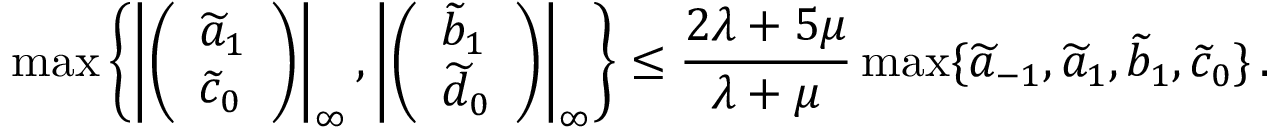
\operatorname* { m a x } \left\{ \left| \left( \begin{array} { l } { \widetilde a _ { 1 } } \\ { \widetilde c _ { 0 } } \end{array} \right) \right| _ { \infty } , \left| \left( \begin{array} { l } { \widetilde b _ { 1 } } \\ { \widetilde d _ { 0 } } \end{array} \right) \right| _ { \infty } \right\} \le \frac { 2 \lambda + 5 \mu } { \lambda + \mu } \operatorname* { m a x } \{ \widetilde a _ { - 1 } , \widetilde a _ { 1 } , \widetilde b _ { 1 } , \widetilde c _ { 0 } \} \, .